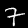
Digit: 7